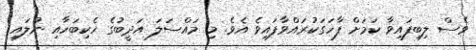
ވެސް ލިބިފައިވާ ކަމަށް ފާހަގަކުރައްވާފައިވެ އެވެ. މި މައްސަލަ އަދީބުގެ ހެކިބަހާއި ނުލައި